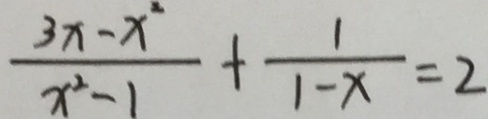
\frac { 3 x - x ^ { 2 } } { x ^ { 2 } - 1 } + \frac { 1 } { 1 - x } = 2